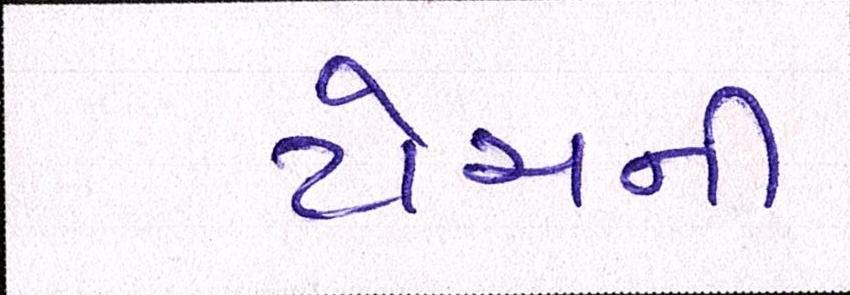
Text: ટોચની